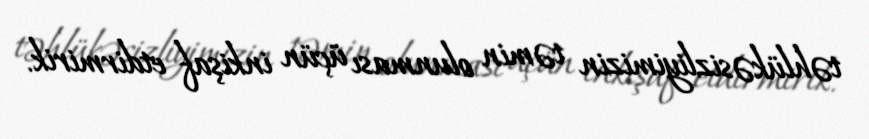
təhlükəsizliyimizin təmin olunması üçün inkişaf etdirmirik.